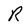
Character: R